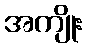
အကျိုး